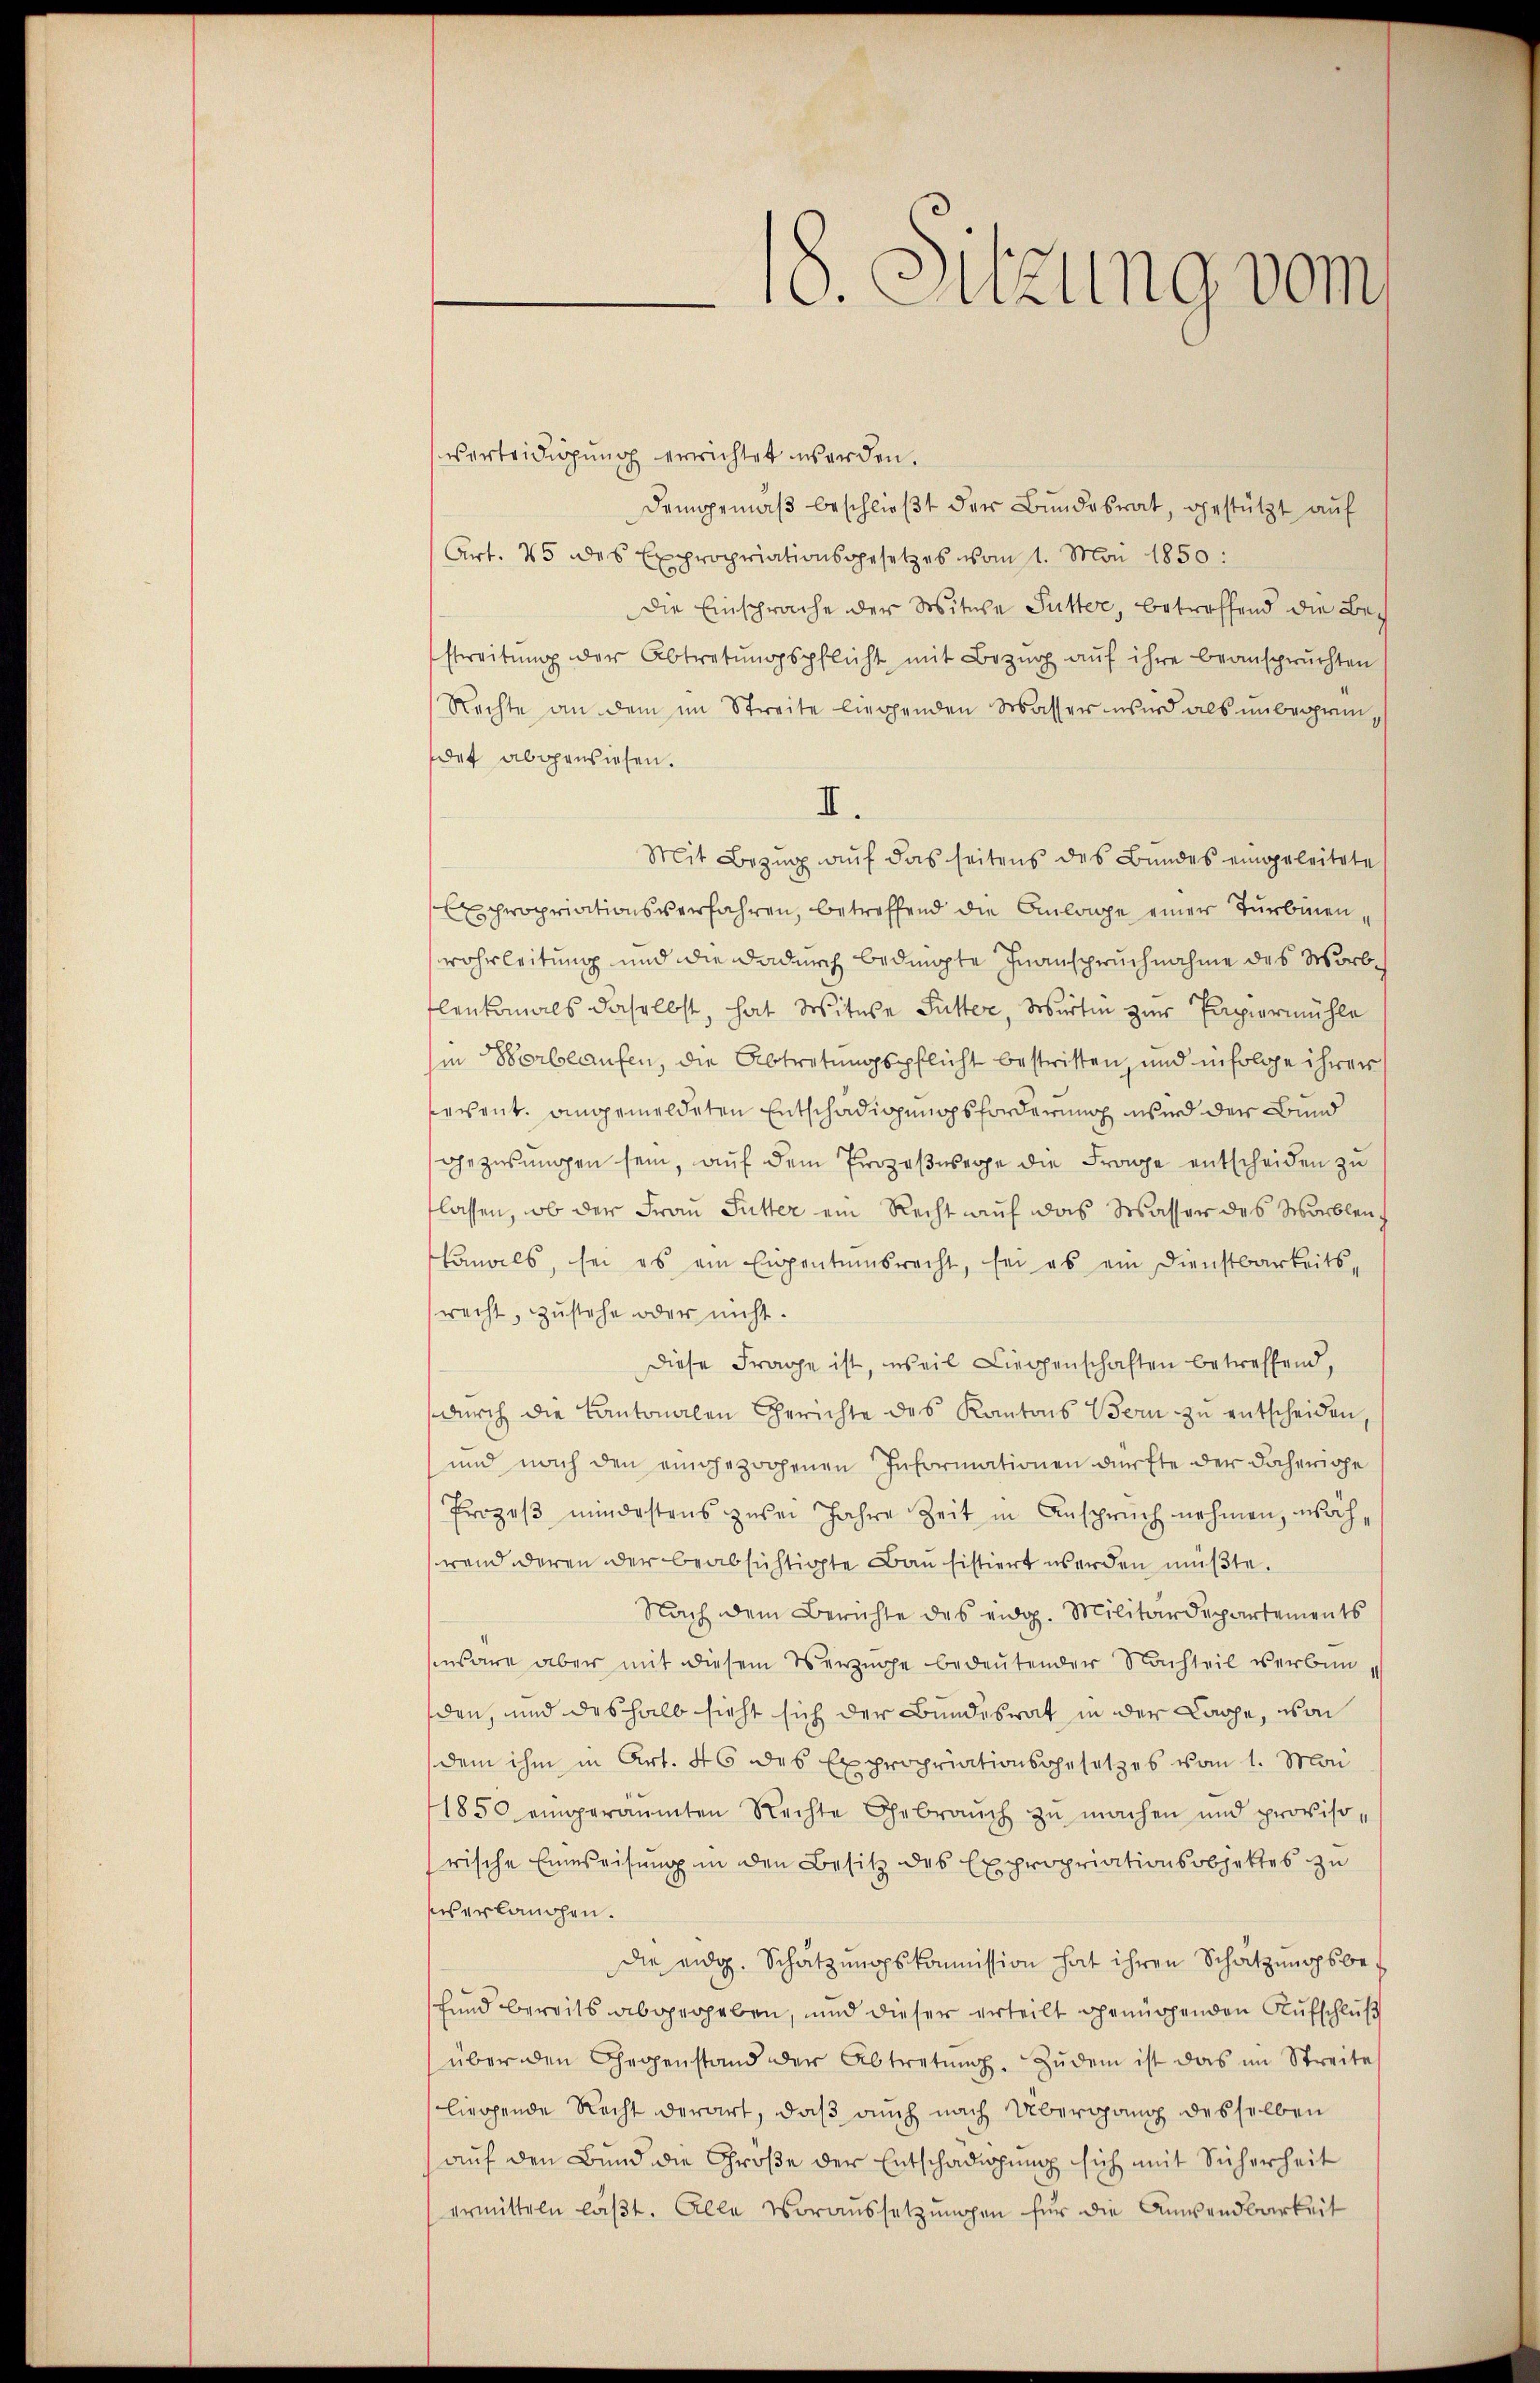
18. Sitzung vom

Verteidigung errichtet werden.
demgemäβ beschlieβt der Bŭndesrat, gestützt aŭf
Art. 45 des Expropriationsgesetzes vom 1. Mai 1850:
Die Einsprache der Witwe Sutter, betreffend die Bech
streitŭng der Abtretŭngspflicht mit Bezŭg aŭf ihre beanspruchten
Rechte an dem im Streite liegenden Wasser wird als unbegründet abgewiesen.
II.
Mit Bezug auf das seitens des Bundes eingeleitete
Expropriationsverfahren, betreffend die Anlage einer Turbinen,
wohrleitung und die dadurch bedingte Inanspruchnahme des Worbflenkmals daselbst, hat Witwe Futter, Wirtin zur Papiermühle
hin Vorbeaufen, die Abtretungspflicht bestritten, und infolge ihrer
sevent. angemeldeten Entschädigungsforderung wird der Bund
gezusungen sein, auf dem Prozeßwege die Frage entscheiden zu
flassen, ob der Frau Sutter ein Recht auf das Wasser des Marblen,
oals, sei es ein Eigentumsrecht, sei es ein Dienstbarkeitsrecht, zustehe oder nicht.
Diese Frage ist, weil Liegenschaften betreffend,
dŭrch die Kantonalen Gerichte des Kantons Bern zŭ entscheiden,
und nach den eingezogenen Informationen dürfte der daherige
Prozeβ mindestens zurei Jahre Zeit in Anspruch nehmen, während deren der beabsichtigte Bau sistiert werden müßte.
Nach dem Berichte des eidg. Militärdepartements
senbare aber mit diesem Verzüge bedeutender Nachteil verbunden, und deshalb sieht sich der Bundesrat in der Lache, von
dem ihm in Art. 46 des Expropriationsgesetzes vom 1. Man
1850 eingeräumten Rechte Gebrauch zu machen und provisorische Einweisung in den Besitz des Expropriationsobjektes zu
sis erlanchen.
die eidg. Schatzŭngskommission hat ihren Schatzŭngsbefund bereits abgegeben, und dieser erteilt genügenden Aufschluß
über den Gegenstand der Abtretŭng. Zŭdem ist das im Streite
liegende Recht derart, daß auch nach Übergang desselben
auf den Bund die Große der Entschädigung sich mit Sicherheit
ermitteln läßt. Alle Voraussetzungen für die Anwendbarkeit